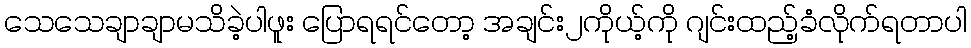
သေသေချာချာမသိခဲ့ပါဖူး ပြောရရင်တော့ အချင်း၂ကိုယ့်ကို ဂျင်းထည့်ခံလိုက်ရတာပါ